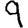
Digit: 9